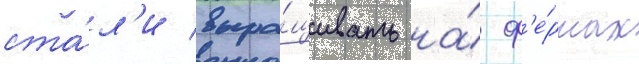
ста́л'и выра́щивать на́ ф'е́рмах